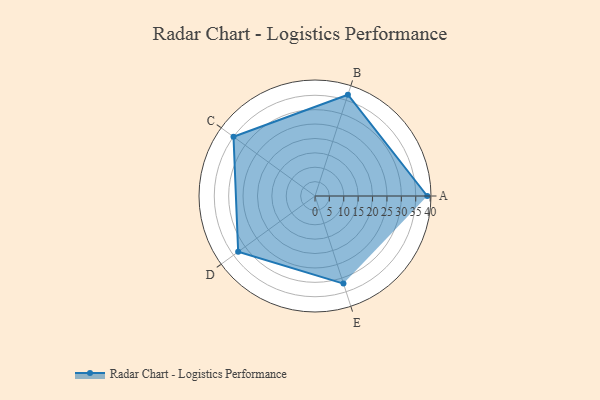
{"axis": {"x": "Skill", "y": "Score"}, "legend": ["Profile"], "data": [{"x": "A", "y": 39.0, "type": "Profile"}, {"x": "B", "y": 37.0, "type": "Profile"}, {"x": "C", "y": 35.0, "type": "Profile"}, {"x": "D", "y": 33.0, "type": "Profile"}, {"x": "E", "y": 32.0, "type": "Profile"}]}